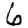
Digit: 6